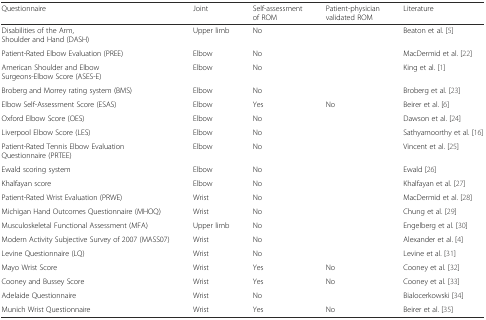
| Questionnaire | Joint | Self-assessment of ROM | Patient-physician validated ROM | Literature |
 | --- | --- | --- | --- | --- |
 | Disabilities of the Arm, Shoulder and Hand (DASH) | Upper limb | No |  | Beaton et al. [5] |
 | Patient-Rated Elbow Evaluation (PREE) | Elbow | No |  | MacDermid et al. [22] |
 | American Shoulder and Elbow Surgeons-Elbow Score (ASES-E) | Elbow | No |  | King et al. [1] |
 | Broberg and Morrey rating system (BMS) | Elbow | No |  | Broberg et al. [23] |
 | Elbow Self-Assessment Score (ESAS) | Elbow | Yes | No | Beirer et al. [6] |
 | Oxford Elbow Score (OES) | Elbow | No |  | Dawson et al. [24] |
 | Liverpool Elbow Score (LES) | Elbow | No |  | Sathyamoorthy et al. [16] |
 | Patient-Rated Tennis Elbow Evaluation Questionnaire (PRTEE) | Elbow | No |  | Vincent et al. [25] |
 | Ewald scoring system | Elbow | No |  | Ewald [26] |
 | Khalfayan score | Elbow | No |  | Khalfayan et al. [27] |
 | Patient-Rated Wrist Evaluation (PRWE) | Wrist | No |  | MacDermid et al. [28] |
 | Michigan Hand Outcomes Questionnaire (MHOQ) | Wrist | No |  | Chung et al. [29] |
 | Musculoskeletal Functional Assessment (MFA) | Upper limb | No |  | Engelberg et al. [30] |
 | Modern Activity Subjective Survey of 2007 (MASS07) | Wrist | No |  | Alexander et al. [4] |
 | Levine Questionnaire (LQ) | Wrist | No |  | Levine et al. [31] |
 | Mayo Wrist Score | Wrist | Yes | No | Cooney et al. [32] |
 | Cooney and Bussey Score | Wrist | Yes | No | Cooney et al. [33] |
 | Adelaide Questionnaire | Wrist | No |  | Bialocerkowski [34] |
 | Munich Wrist Questionnaire | Wrist | Yes | No | Beirer et al. [35] |